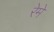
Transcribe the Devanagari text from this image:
रेमे